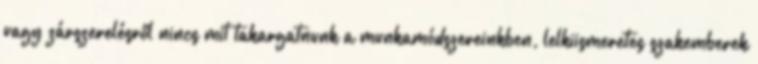
vagy zárszerelésről nincs mit takargatnunk a munkamódszereinkben, lelkiismeretes szakemberek